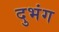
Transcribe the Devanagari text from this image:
दुभंग